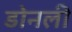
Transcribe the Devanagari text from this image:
डोनली